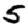
Digit: 5